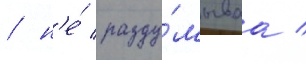
/ н'е́ разду́мываа /